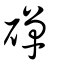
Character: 磾